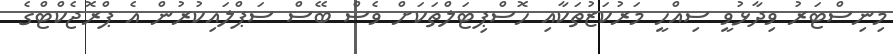
މިނިސްޓަރު ވިދާޅުވީ ސިއްހީ މަރުކަޒުތަކާއި ހޮސްޕިޓަލްތަކަށް ވެސް ބޭސް ސަޕްލައިކުރުން އެ ޕްރޮޖެކްޓްގެ